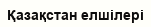
Қазақстан елшілері